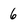
Character: 6